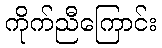
ကိုက်ညီကြောင်း